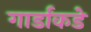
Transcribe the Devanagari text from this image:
गार्डांकडे